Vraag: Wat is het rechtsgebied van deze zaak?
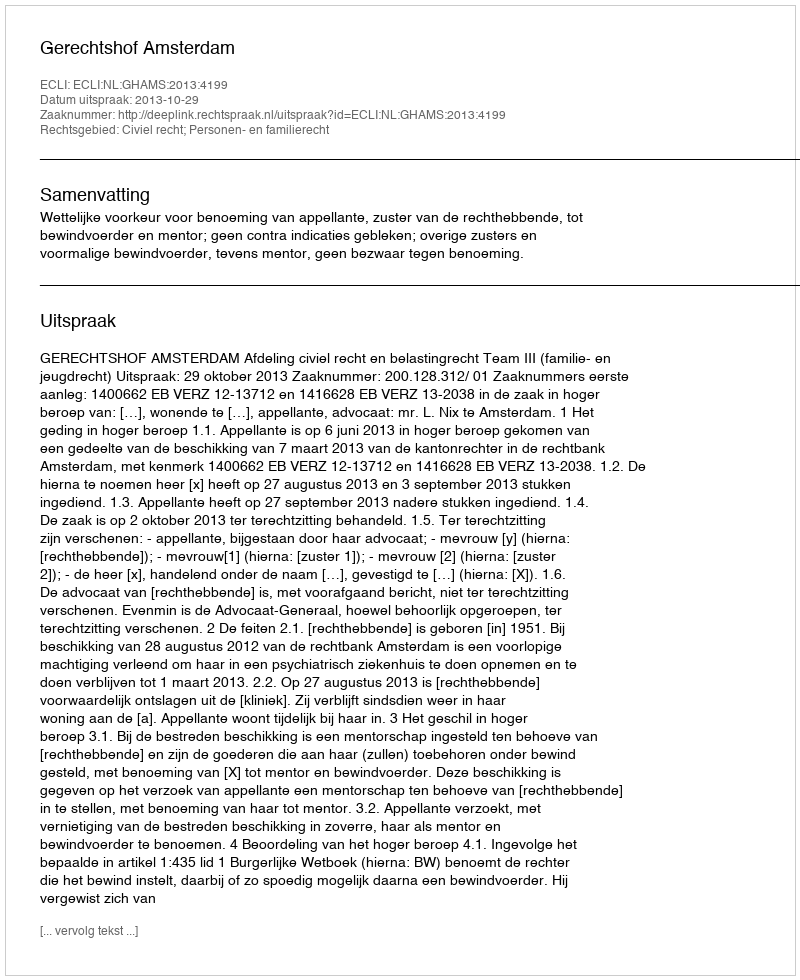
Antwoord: Civiel recht; Personen- en familierecht